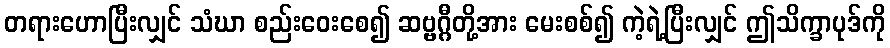
တရားဟောပြီးလျှင် သံဃာ စည်းဝေးစေ၍ ဆဗ္ဗဂ္ဂီတို့အား မေးစစ်၍ ကဲ့ရဲ့ပြီးလျှင် ဤသိက္ခာပုဒ်ကို